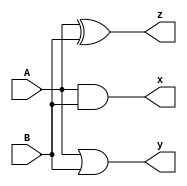
module Exercise1(input A, input B, output x, output y, output z);
    assign x = A & B;
	 assign y = A | B;
	 assign z = A ^ B;
endmodule